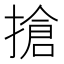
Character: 搶